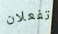
تفعلان